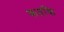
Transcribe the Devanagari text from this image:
कतकि